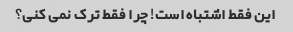
این فقط اشتباه است! چرا فقط ترک نمی کنی؟